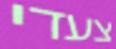
צעדי